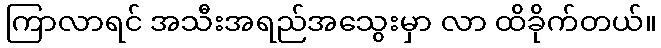
ကြာလာရင် အသီးအရည်အသွေးမှာ လာ ထိခိုက်တယ်။